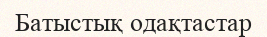
Батыстық одақтастар